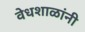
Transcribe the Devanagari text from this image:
वेधशाळांनी